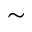
\sim